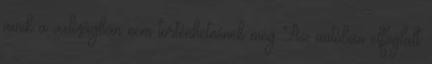
amik a valóságban nem történhetnének meg Az autóban elfoglalt